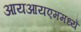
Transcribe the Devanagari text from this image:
आयआयएममध्ये